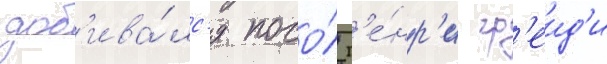
доб'ива́лс'я посо́л г'е́нр'и гр'еид'и